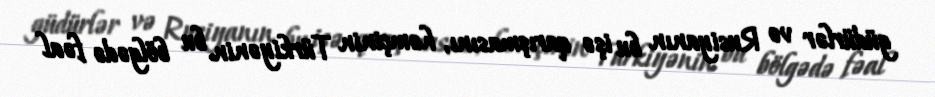
güdürlər və Rusiyanın bu işə qarışmasını, həmçinin Türkiyənin bu bölgədə fəal